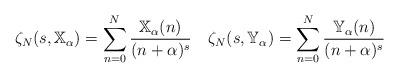
LaTeX: \begin{gather*}\zeta_N(s,\mathbb{X}_\alpha)= \sum_{n=0}^{N} \frac{\mathbb{X}_\alpha(n)}{(n+\alpha)^s}\quad\zeta_N(s,\mathbb{Y}_\alpha)= \sum_{n=0}^{N} \frac{\mathbb{Y}_\alpha(n)}{(n+\alpha)^s}\end{gather*}